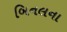
બિનલના